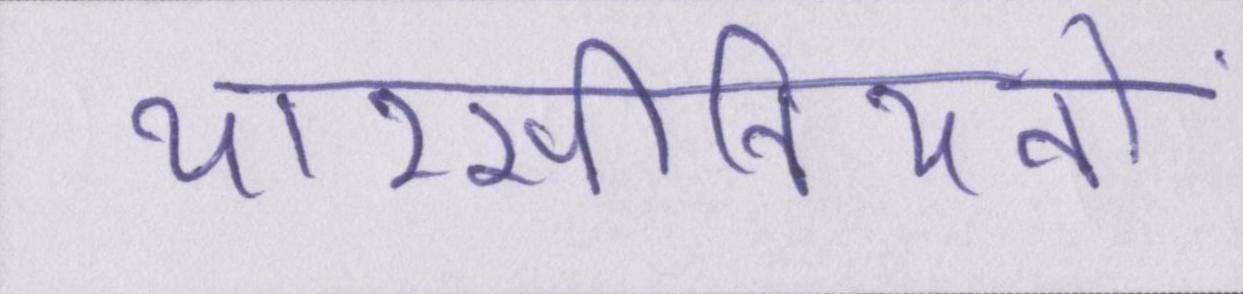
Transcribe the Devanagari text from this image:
यारसीनियनों